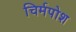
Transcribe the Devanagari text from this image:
चिर्मपोश